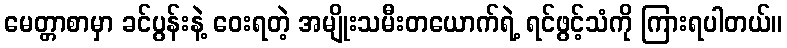
မေတ္တာစာမှာ ခင်ပွန်းနဲ့ ဝေးရတဲ့ အမျိုးသမီးတယောက်ရဲ့ ရင်ဖွင့်သံကို ကြားရပါတယ်။